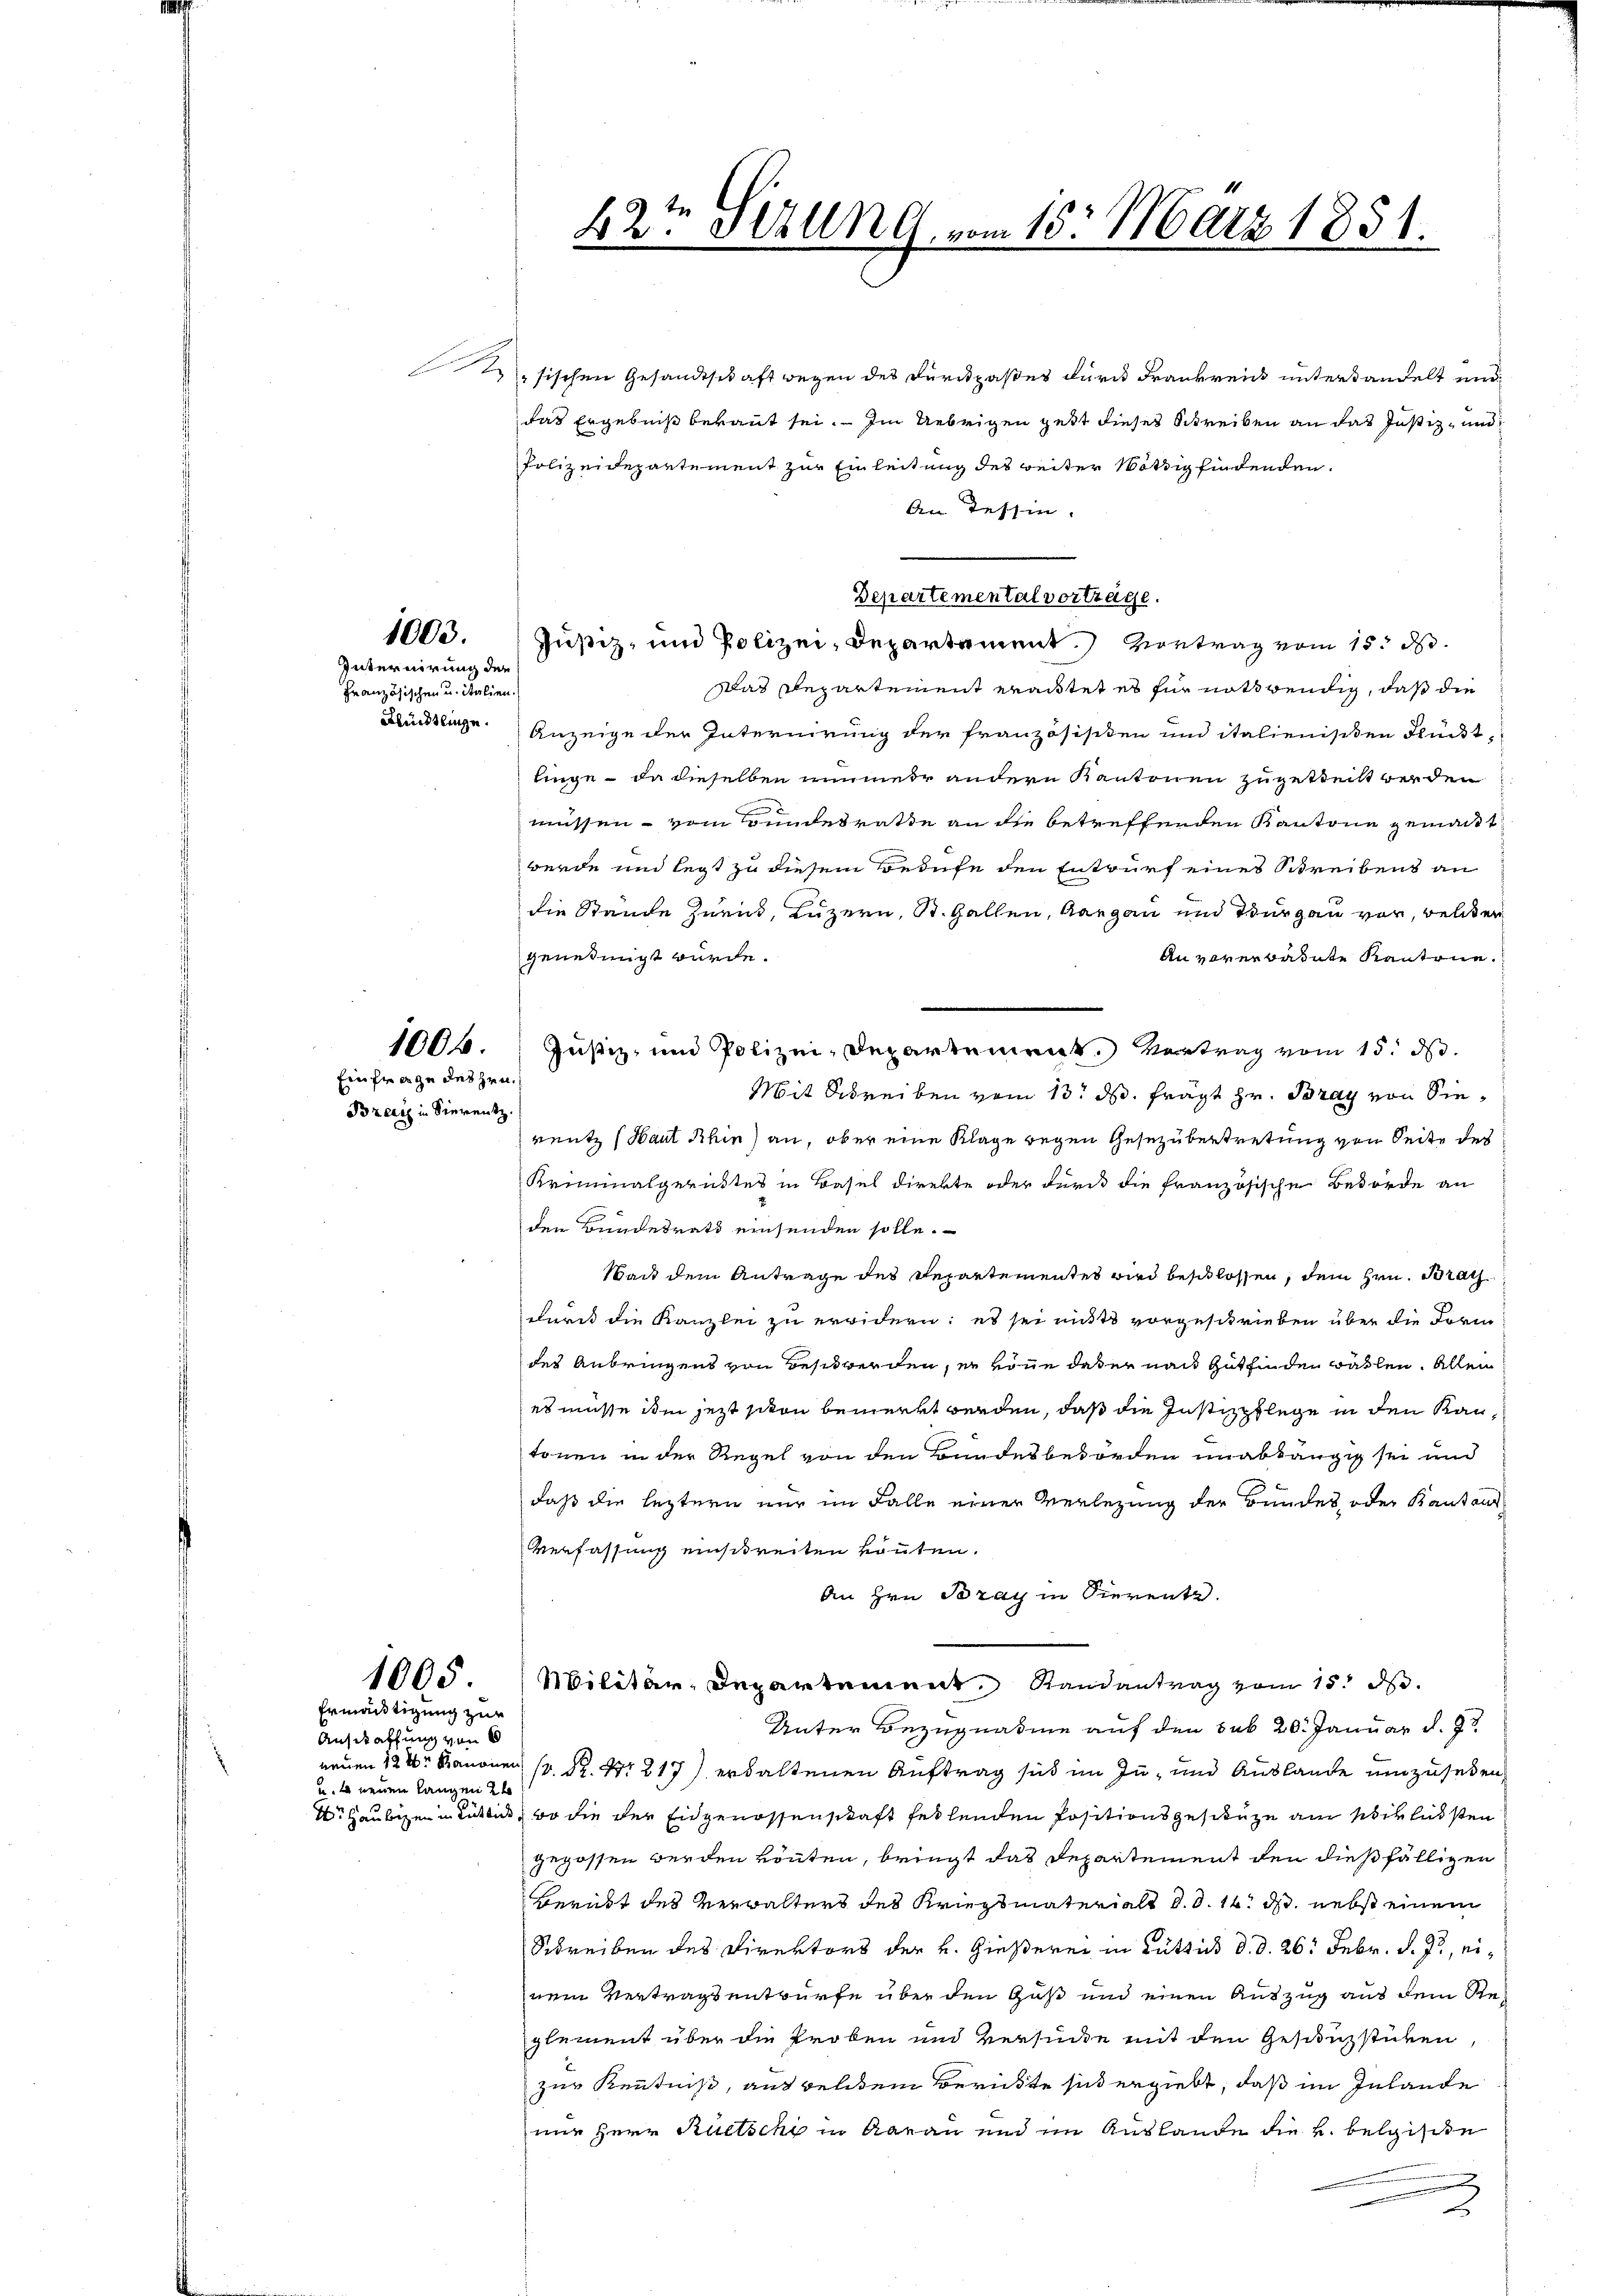
1003.
Internirung der
Französischen u. italien.

Einfrage des Hrn.
Breci in Sierentz.

usischen Gesandtschaft wegen des Durckpaßes durch Frankreich unterhandelt und
das Ergebniß beraut sei. Im Uebrigen gest dieses Schreiben an das Justiz- und
Polizeidepartement zur Einleitung des weiter Nöthig findenden.
An Tessin.
e
Departemental vorträge.
Justiz- und Polizei- Departement. Vortrag vom 15. d.
Das Repartement erachtet es für notwendig, daß die
Künstliche Anzeige der Internirung der Französisiten und italienischen Flückt,
linge – da dieselben nimer andern Kantonen zugetheilt werden
müssen vom Bundesrathe an die betreffenden Kantone gemacht
werde und legt zu diesem Berufe den Entwurf eines Schreibens an
die Stände Zurück, Luzern, St. Gallen, Aargau und Thurgau vor, welchen
An vorerbadete Kantone.
genehmigt würde.
1006. Justiz- und Polizei-Departement. Vortrag vom 15. ds.
Mit Schreiben vom 13. ds. frägt Hr. Bray von Siereutz (Haut Khin) an, ober eine Klage wegen Gesezübertretung von Seite des
Kriminalgerichtes in Basel direkte oder durch die französische Behörde an
den Bundesrath einsenden solle.
Wach dem Antrage des Departementes wird beschlossen, dem Hrn. Brach
durch die Kanzlei zu erwidern: es sei nichts vorgeschrieben über die Form
des Anbringens von Beschwerden, er könne das er nach Gutfinden wählen. Allein
es müsse ihm jetzt schon bemerkt werden, daß die Instizpflege in den Kantonen in der Regel von den Bundesbehörden unabhängig sei und
daß die leztern nur im Falle einer Verlegung der Bundes, oder Kantons¬
Verfassung einschreiten könnten.
An Hrn. Bray in Sierente.
1005
Militär, Departement Randantrag vom 15. d.
Ermäntigung zur
Unter Bezugnahme auf den sub 20. Januar d. 9t
Ausstraffung von
nenen 12 Kanonen (S. 217 erwaltenen Auftrag sich im In- und Auslande umzusehen,
u. neuen langen 2t
r Haubigen in Rüti, wo die der Eidgenossenschaft fehlenden Positionsgeschütze am Verlusten
gegossen werden könnten, bringt das Departement den dießfälligen
Beruht des Verwalters des Kriegsmaterialt d. d. 14. ds. nebst einem
Schreiben des Direktors der v. Gießerei in Rüttis d. d. 26. Febr. d. Js., einem Vertragsentwürfe über den Gut und einen Auszug aus dem Reglement über die Proben und Versuche mit den Gesunzstücken,
zur Kenntniß, ausgelden Berükte sich ergiebt, daß im Inlande
nur Herr Ruetschi in Aarau und im Auslande die k. belgische
3

22ten Stillng vom 15. März 1851.